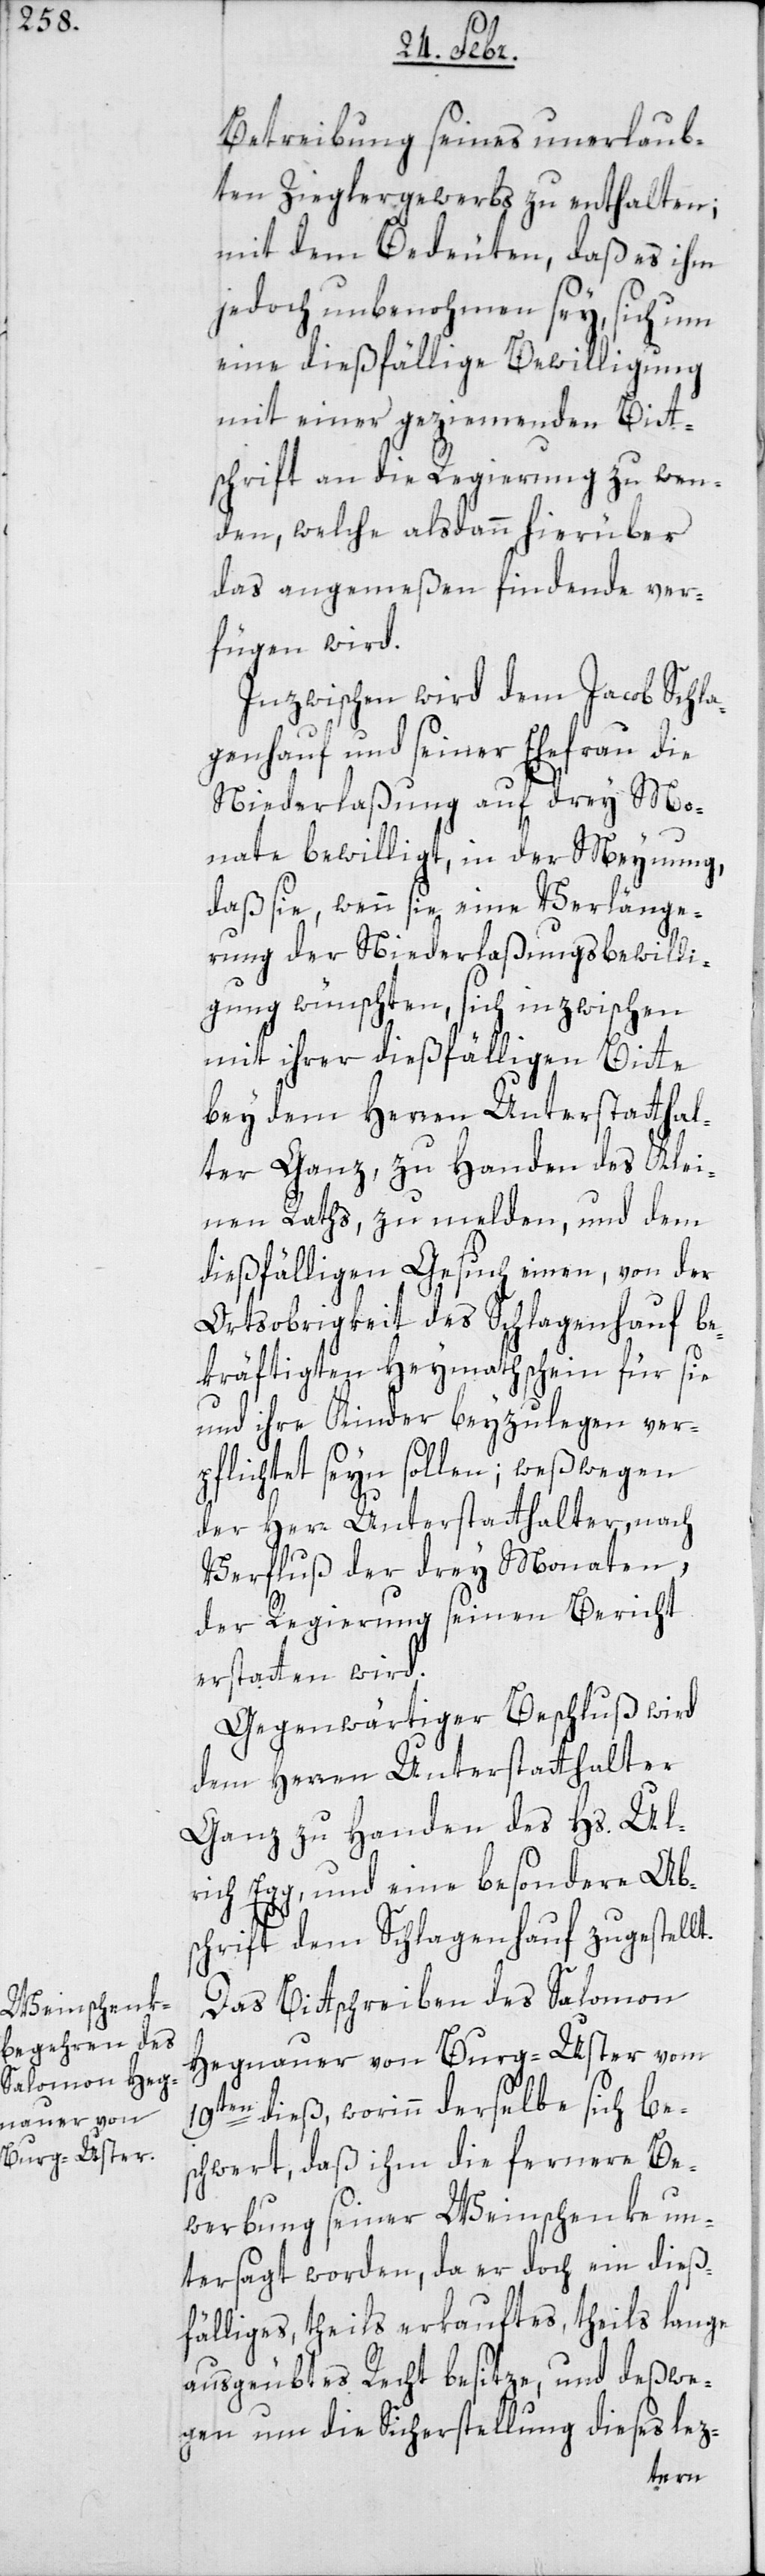
Betreibung seines unerlaub¬
ten Zieglergewerbs zu enthalten;
mit dem Bedeuten, daß es ihm
jedoch unbenohmen sey, sich um
eine dießfällige Bewilligung
mit einer geziemenden Bitt¬
schrift an die Regierung zu wen¬
den, welche alsdann hierüber
das angemeßen Findende ver¬
fügen wird.
Inzwischen wird dem Jacob Schla¬
genhauf und seiner Ehefrau die
Niederlaßung auf drey Mo¬
nate bewilligt, in der Meynung,
daß sie, wenn sie eine Verlänge¬
rung der Niederlaßungs-Bewilli¬
gung wünschten, sich inzwischen
mit ihrer dießfälligen Bitte
bey dem Herren Unterstatthal¬
ter Ganz, zu Handen des Klei¬
nen Raths, zu melden, und dem
dießfälligen Gesuch einen, von der
Ortsobrigkeit des Schlagenhauf be¬
kräftigten Heymathschein für sie
und ihre Kinder beyzulegen ver¬
pflichtet seyn sollen; weßwegen
der Herr Unterstatthalter, nach
Verfluß der drey Monaten,
der Regierung seinen Bericht
erstatten wird.
Gegenwärtiger Beschluß wird
dem Herren Unterstatthalter
Ganz zu Handen des Hs. Ul¬
rich Egg, und eine besondere Abs¬
chrift dem Schlagenhauf zugestellt.
Das Bittschreiben des Salomon
Hegnauer von Burg-Uster vom
19ten dieß, worinn derselbe sich be¬
schwert, daß ihm die fernere Be¬
werbung seiner Weinschenke un¬
tersagt worden, da er doch ein dieß¬
fälliges, theils erkauftes, theils lange
ausgeübtes Recht besitze, und deßwe¬
gen um die Sicherstellung dieses lez-